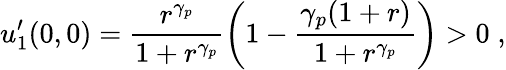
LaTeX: u_{1}^{\prime}(0,0)=\frac{r^{\gamma_{p}}}{1+r^{\gamma_{p}}}\left(1-\frac{\gamma_{p}(1+r)}{1+r^{\gamma_{p}}}\right)>0\; ,